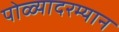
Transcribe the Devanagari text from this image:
पोळ्यादरम्यान